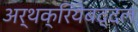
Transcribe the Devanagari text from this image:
अर्थक्रियेबद्दल